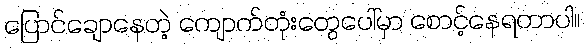
ပြောင်ချောနေတဲ့ ကျောက်တုံးတွေပေါ်မှာ စောင့်နေရတာပါ။